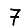
Digit: 7